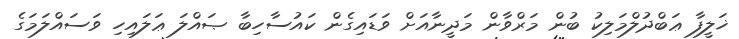
ޚަލީފާ ޢަބްދުލްމަލިކު ބުން މަރްވާން މަދީނާއަށް ވަޑައިގެން ކައުސާހިބާ ޞައްލަ ޢަލައިހި ވަސައްލަމަގެ